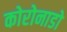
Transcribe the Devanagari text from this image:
कोरोनाडो